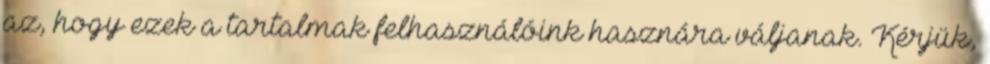
az, hogy ezek a tartalmak felhasználóink hasznára váljanak. Kérjük,